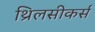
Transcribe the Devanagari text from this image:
थ्रिलसीकर्स